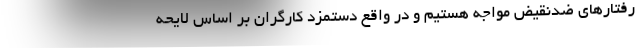
رفتارهای ضدنقیض مواجه هستیم و در واقع دستمزد کارگران بر اساس لایحه